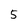
Character: 5